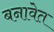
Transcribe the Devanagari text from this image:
बनावेत